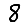
Digit: 8